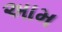
અામ